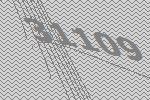
31109